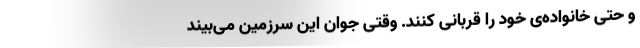
و حتی خانواده‌ی خود را قربانی کنند. وقتی جوان این سرزمین می‌بیند